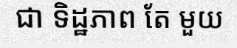
ជា ទិដ្ឋភាព តែ មួយ